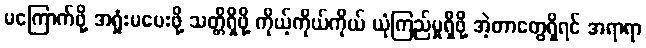
မကြောက်ဖို့ အရှုံးမပေးဖို့ သတ္တိရှိဖို့ ကိုယ့်ကိုယ်ကိုယ် ယုံကြည်မှုရှိဖို့ အဲ့တာတွေရှိရင် အရာရာ